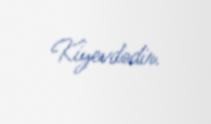
Kiyevdədir.